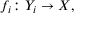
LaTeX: f _ { i } \colon Y _ { i } \to X ,